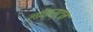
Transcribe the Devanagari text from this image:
लॉक्स्टन